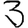
Digit: 3